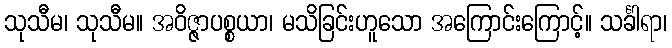
သုသီမ၊ သုသီမ။ အဝိဇ္ဇာပစ္စယာ၊ မသိခြင်းဟူသော အကြောင်းကြောင့်။ သင်္ခါရာ၊